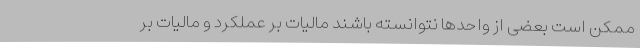
ممکن است بعضی از واحدها نتوانسته باشند مالیات بر عملکرد و مالیات بر